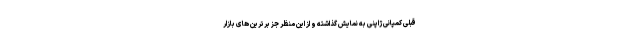
قبلی کمپانی ژاپنی به نمایش گذاشته و از این منظر جز برترین های بازار